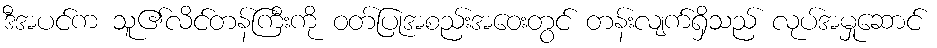
ဒီအပင်က သူ၏လိင်တန်ကြီးကို ဝတ်ပြုအစည်းအဝေးတွင် တန်းလျက်ရှိသည် လုပ်အမှုဆောင်